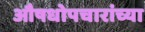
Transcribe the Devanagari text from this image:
औषधोपचारांच्या